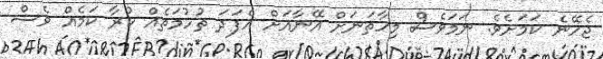
ޖެހޭނެ ކަމަށެވެ. ނަމަވެސް މިހާތަނަށް އޭނާއަށް އެފަދަ ތުހުމަތެއް ކުރާ ކަމެއް ވެސް